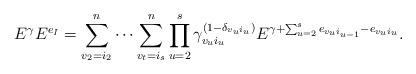
LaTeX: \begin{align*}E^\gamma E^{e_I}=\sum_{v_2=i_2}^n\cdots \sum_{v_t=i_s}^n\prod_{u=2}^s\gamma_{v_ui_u}^{(1-\delta_{v_ui_u})}E^{\gamma+\sum_{u=2}^s e_{v_ui_{u-1}}-e_{v_ui_u}}.\end{align*}